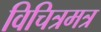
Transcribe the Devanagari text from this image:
विचित्रमत्र